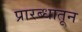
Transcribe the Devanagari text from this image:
प्रारब्धातून